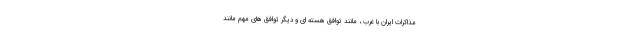
مذاکرات ایران با غرب ، مانند توافق هسته ای و دیگر توافق های مهم مانند